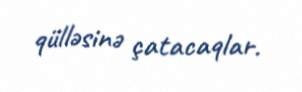
qülləsinə çatacaqlar.